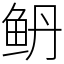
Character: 鿕